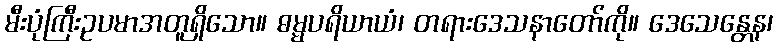
မီးပုံကြီးဥပမာအတူရှိသော။ ဓမ္မပရိယာယံ၊ တရားဒေသနာတော်ကို။ ဒေသေန္တေန၊